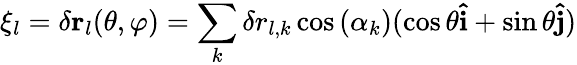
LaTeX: \mathbf{\xi}_{l}=\delta\mathbf{r}_{l}(\theta,\varphi)=\sum_{k}\delta r_{l,k}\cos{(\alpha_{k})}(\cos{\theta}\mathbf{\hat{i}}+\sin{\theta}\mathbf{\hat{j}})